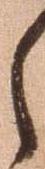
之